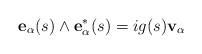
\begin{align*}{\bf e}_\alpha(s)\wedge{\bf e}^*_\alpha(s) =i g(s) {\bf v}_\alpha\end{align*}